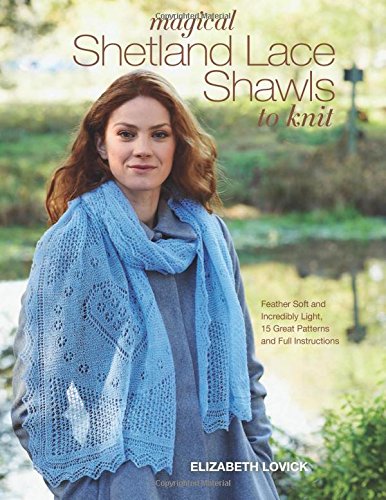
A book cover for Magical Shetland Lace Shawls to Knit: Feather Soft and Incredibly Light, 15 Great Patterns and Full Instructions; Elizabeth Lovick; Crafts, Hobbies & Home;